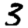
Digit: 3